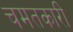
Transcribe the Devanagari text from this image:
चमतकारी